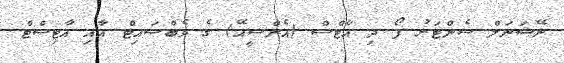
ނޭޝަނަލް ސެންޓަރު ފޯ ދި އާޓްސް (އެންސީއޭ) ގެ ވެބްސައިޓް އާއި އާޓިސްޓް